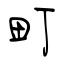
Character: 町